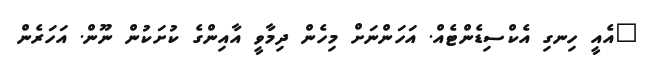
"އެއީ ހިނގި އެކްސިޑެންޓެއް. އަހަންނަށް މިހެން ދިމާވީ އާއިންގެ ކުށަކުން ނޫން. އަހަރެން